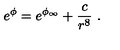
e ^ { \phi } = e ^ { \phi _ { \infty } } + \frac { c } { r ^ { 8 } } \ .